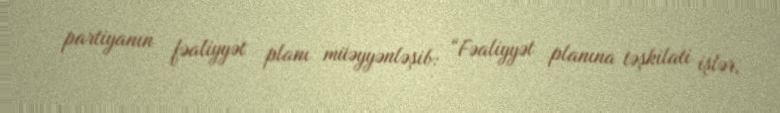
partiyanın fəaliyyət planı müəyyənləşib: “Fəaliyyət planına təşkilati işlər,